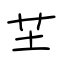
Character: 芏